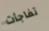
تفاجأت